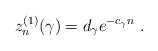
\begin{align*}z_n^{(1)}(\gamma) = d_{\gamma} e^{-c_{\gamma} n}\ . \end{align*}